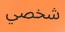
شخصي